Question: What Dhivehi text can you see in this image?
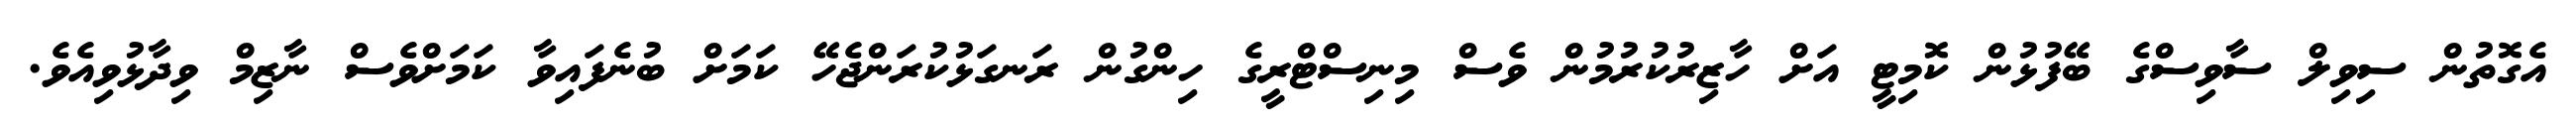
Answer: އެގޮތުން ސިވިލް ސާވިސްގެ ބޭފުޅުން ކޮމިޓީ އަށް ހާޒިރުކުރުމުން ވެސް މިނިސްޓްރީގެ ހިންގުން ރަނގަޅުކުރަންޖެހޭ ކަމަށް ބުނެފައިވާ ކަމަށްވެސް ނާޒިމް ވިދާޅުވިއެވެ.